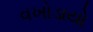
વખોડાયો